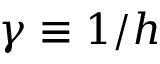
\gamma \equiv 1 / h